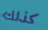
كذلك